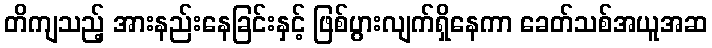
တိကျသည့် အားနည်းနေခြင်းနှင့် ဖြစ်ပွားလျက်ရှိနေကာ ခေတ်သစ်အယူအဆ